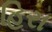
હિરા